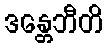
ဒန္တေဘီတိ